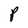
Character: P